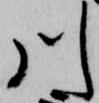
川